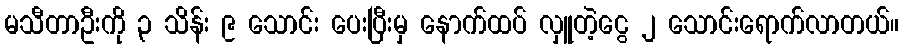
မသီတာဦးကို ၃ သိန်း ၉ သောင်း ပေးပြီးမှ နောက်ထပ် လှူတဲ့ငွေ ၂ သောင်းရောက်လာတယ်။